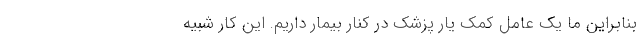
بنابراین ما یک عامل کمک یار پزشک در کنار بیمار داریم. این کار شبیه